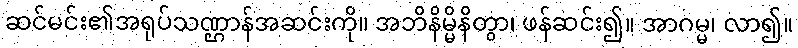
ဆင်မင်း၏အရုပ်သဏ္ဌာန်အဆင်းကို။ အဘိနိမ္မိနိတွာ၊ ဖန်ဆင်း၍။ အာဂမ္မ၊ လာ၍။